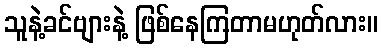
သူနဲ့ခင်ဗျားနဲ့ ဖြစ်နေကြတာမဟုတ်လား။